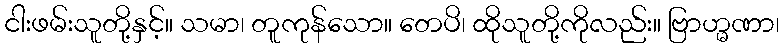
ငါးဖမ်းသူတို့နှင့်။ သမာ၊ တူကုန်သော။ တေပိ၊ ထိုသူတို့ကိုလည်း။ ဗြာဟ္မဏာ၊